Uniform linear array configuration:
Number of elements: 64
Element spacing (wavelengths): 0.25
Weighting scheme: cosine
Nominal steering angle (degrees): -15
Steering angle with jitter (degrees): -16.503
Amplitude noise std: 0.05
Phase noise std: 0.05

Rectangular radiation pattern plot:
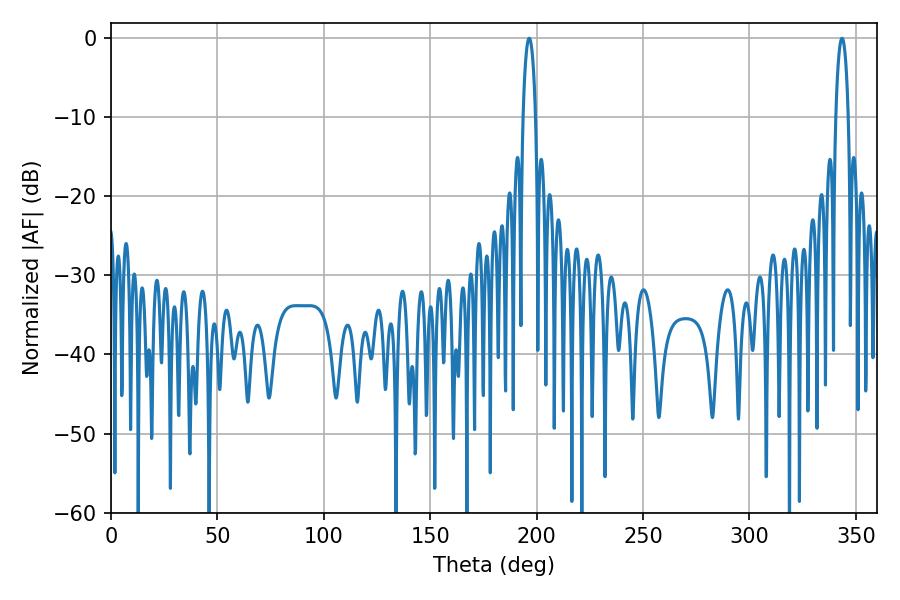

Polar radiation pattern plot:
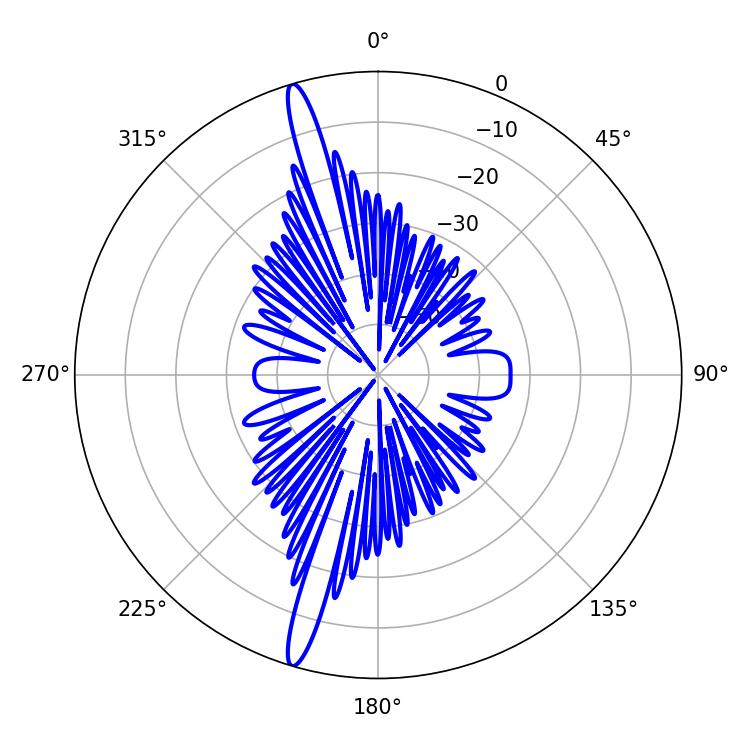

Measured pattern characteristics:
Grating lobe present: FALSE
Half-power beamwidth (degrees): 3.24
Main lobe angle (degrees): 343.44